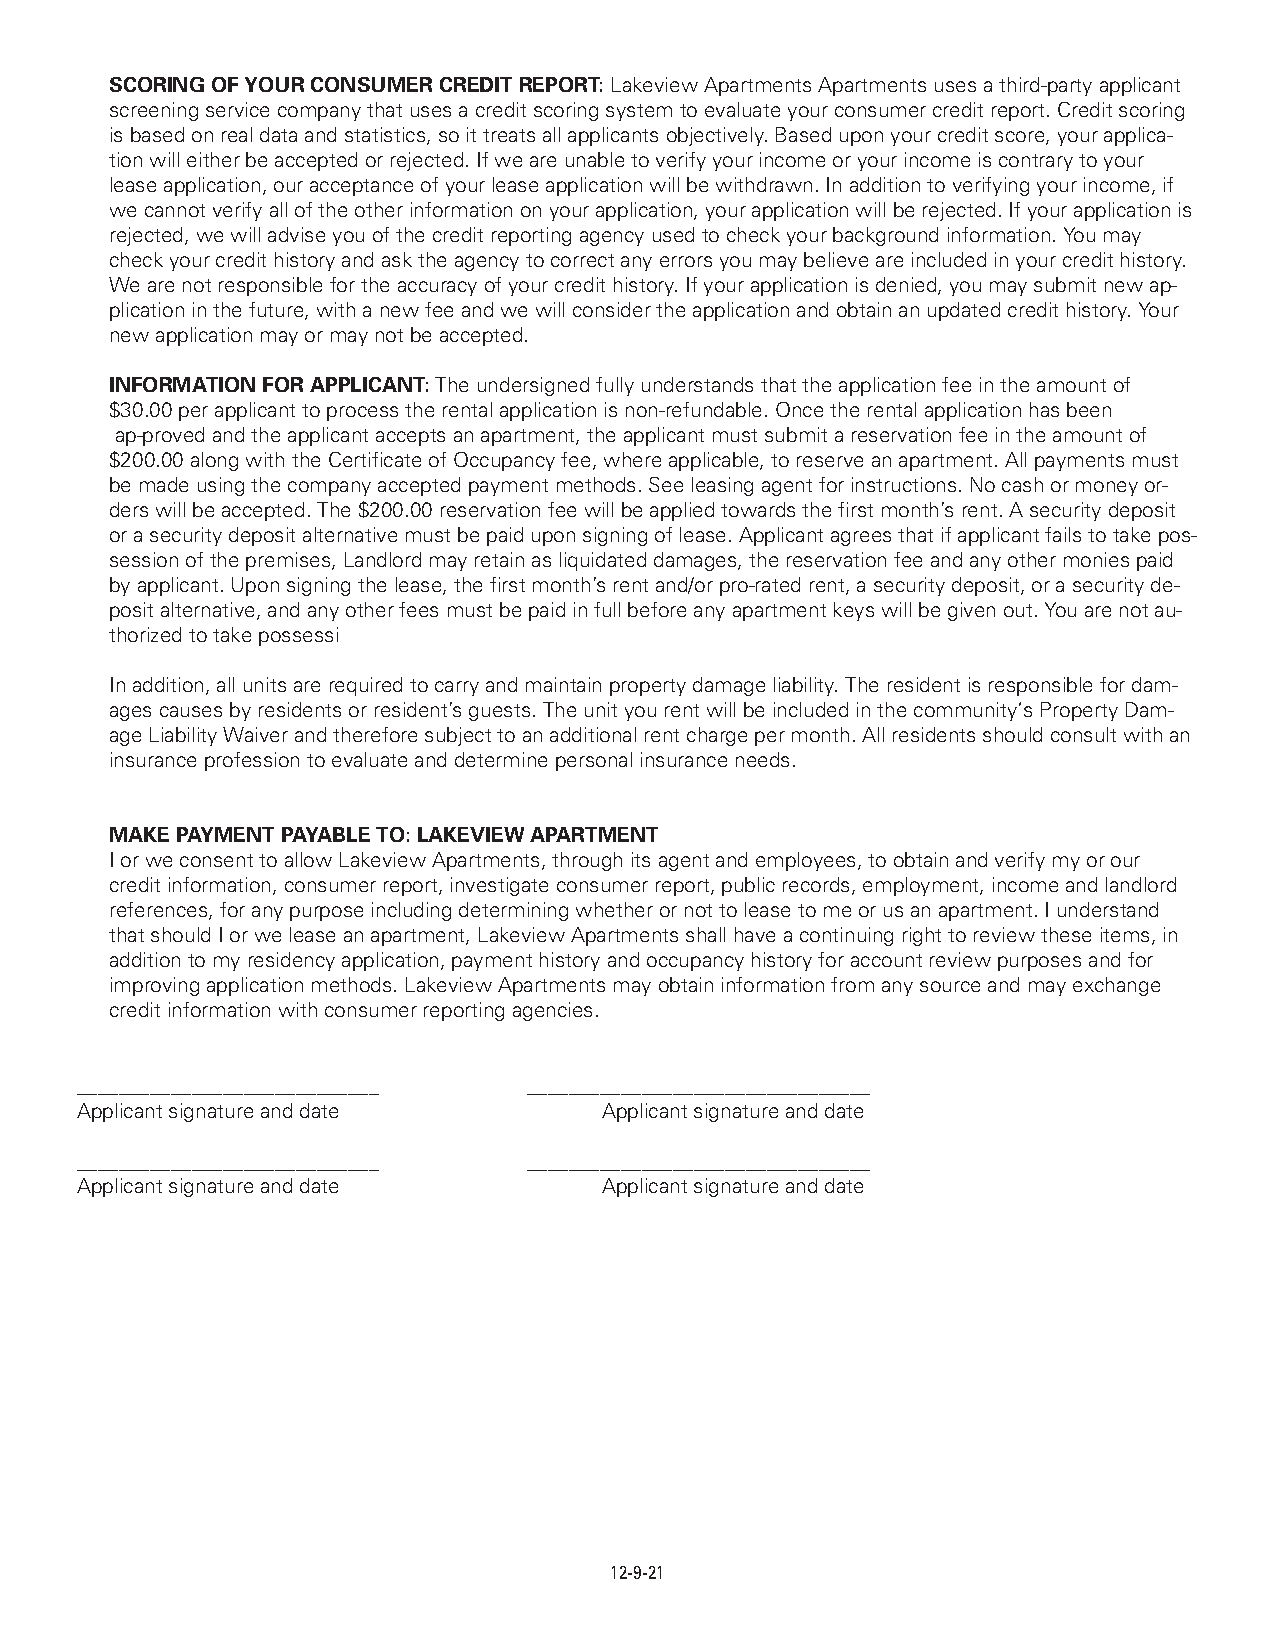
SCORING OF YOUR CONSUMER CREDIT REPORT: Lakeview Apartments Apartments uses a third-party applicant
 screening service company that uses a credit scoring system to evaluate your consumer credit report. Credit scoring
 is based on real data and statistics, so it treats all applicants objectively. Based upon your credit score, your applica-
 tion will either be accepted or rejected. If we are unable to verify your income or your income is contrary to your
 lease application, our acceptance of your lease application will be withdrawn. In addition to verifying your income, if
 we cannot verify all of the other information on your application, your application will be rejected. If your application is
 rejected, we will advise you of the credit reporting agency used to check your background information. You may
 check your credit history and ask the agency to correct any errors you may believe are included in your credit history.
 We are not responsible for the accuracy of your credit history. If your application is denied, you may submit new ap-
 plication in the future, with a new fee and we will consider the application and obtain an updated credit history. Your
 new application may or may not be accepted.
 INFORMATION FOR APPLICANT:The undersigned fully understands that the application fee in the amount of
 $30.00 per applicant to process the rental application is non-refundable. Once the rental application has been
 ap-proved and the applicant accepts an apartment, the applicant must submit a reservation fee in the amount of
 $200.00 along with the Certificate of Occupancy fee, where applicable, to reserve an apartment. All payments must
 be made using the company accepted payment methods. See leasing agent for instructions. No cash or money or-
 ders will be accepted. The $200.00 reservation fee will be applied towards the first month’s rent. A security deposit
 or a security deposit alternative must be paid upon signing of lease. Applicant agrees that if applicant fails to take pos-
 session of the premises, Landlord may retain as liquidated damages, the reservation fee and any other monies paid
 by applicant. Upon signing the lease, the first month’s rent and/or pro-rated rent, a security deposit, or a security de-
 posit alternative, and any other fees must be paid in full before any apartment keys will be given out. You are not au-
 thorized to take possessi
 In addition, all units are required to carry and maintain property damage liability. The resident is responsible for dam-
 ages causes by residents or resident’s guests. The unit you rent will be included in the community‘s Property Dam-
 age Liability Waiver and therefore subject to an additional rent charge per month. All residents should consult with an
 insurance profession to evaluate and determine personal insurance needs.
 MAKE PAYMENT PAYABLETO: LAKEVIEW APARTMENT
 I or we consent to allow Lakeview Apartments, through its agent and employees, to obtain and verify my or our
 credit information, consumer report, investigate consumer report, public records, employment, income and landlord
 references, for any purpose including determining whether or not to lease to me or us an apartment. I understand
 that should I or we lease an apartment, Lakeview Apartments shall have a continuing right to review these items, in
 addition to my residency application, payment history and occupancy history for account review purposes and for
 improving application methods. Lakeview Apartments may obtain information from any source and may exchange
 credit information with consumer reporting agencies.
 _____________________________ _________________________________
 Applicant signature and date       Applicant signature and date
 _____________________________ _________________________________
 Applicant signature and date       Applicant signature and date
 12-9-21